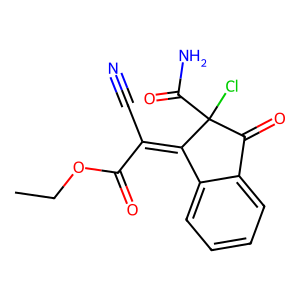
SMILES: CCOC(=O)C(C#N)=C1c2ccccc2C(=O)C1(Cl)C(N)=O
Inhibits HIV replication: No